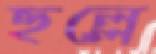
হুল্লে